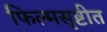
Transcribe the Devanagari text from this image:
फिल्मसृष्टीत